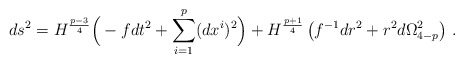
\begin{align*}ds^2 = H^{\frac{p-3}{4}} \Big( - f dt^2 + \sum_{i=1}^p (dx^i)^2 \Big) + H^{\frac{p+1}{4}} \left( f^{-1}dr^2 + r^2 d\Omega_{4-p}^2 \right)\,.\end{align*}